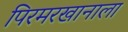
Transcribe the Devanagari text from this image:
पिरमरखानाला